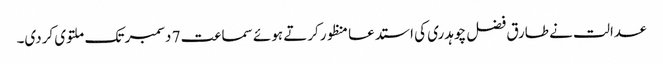
عدالت نے طارق فضل چوہدری کی استدعا منظورکرتے ہوئے سماعت 7 دسمبر تک ملتوی کردی۔